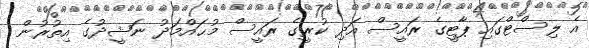
އެ ލިސްޓްގައި ޕާޓީގެ ރައީސް އަދި ކުރީގެ ރައީސް މުޙައްމަދު ނަޝީދުގެ އިތުރުން